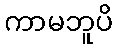
ကာမဘူပိ